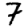
Digit: 7